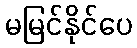
မမြင်နိုင်ပေ